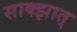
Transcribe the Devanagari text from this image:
साक्झात्